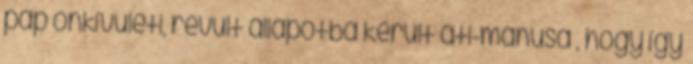
pap önkívületi, révült állapotba került ati-mánusa , hogy így